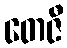
တေဇီ